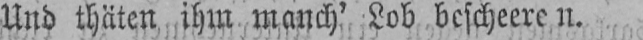
Und thäten ihm manch’ Lob bescheeren.